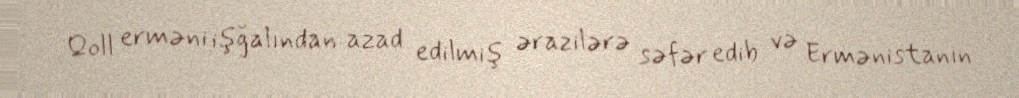
Qoll erməni işğalından azad edilmiş ərazilərə səfər edib və Ermənistanın